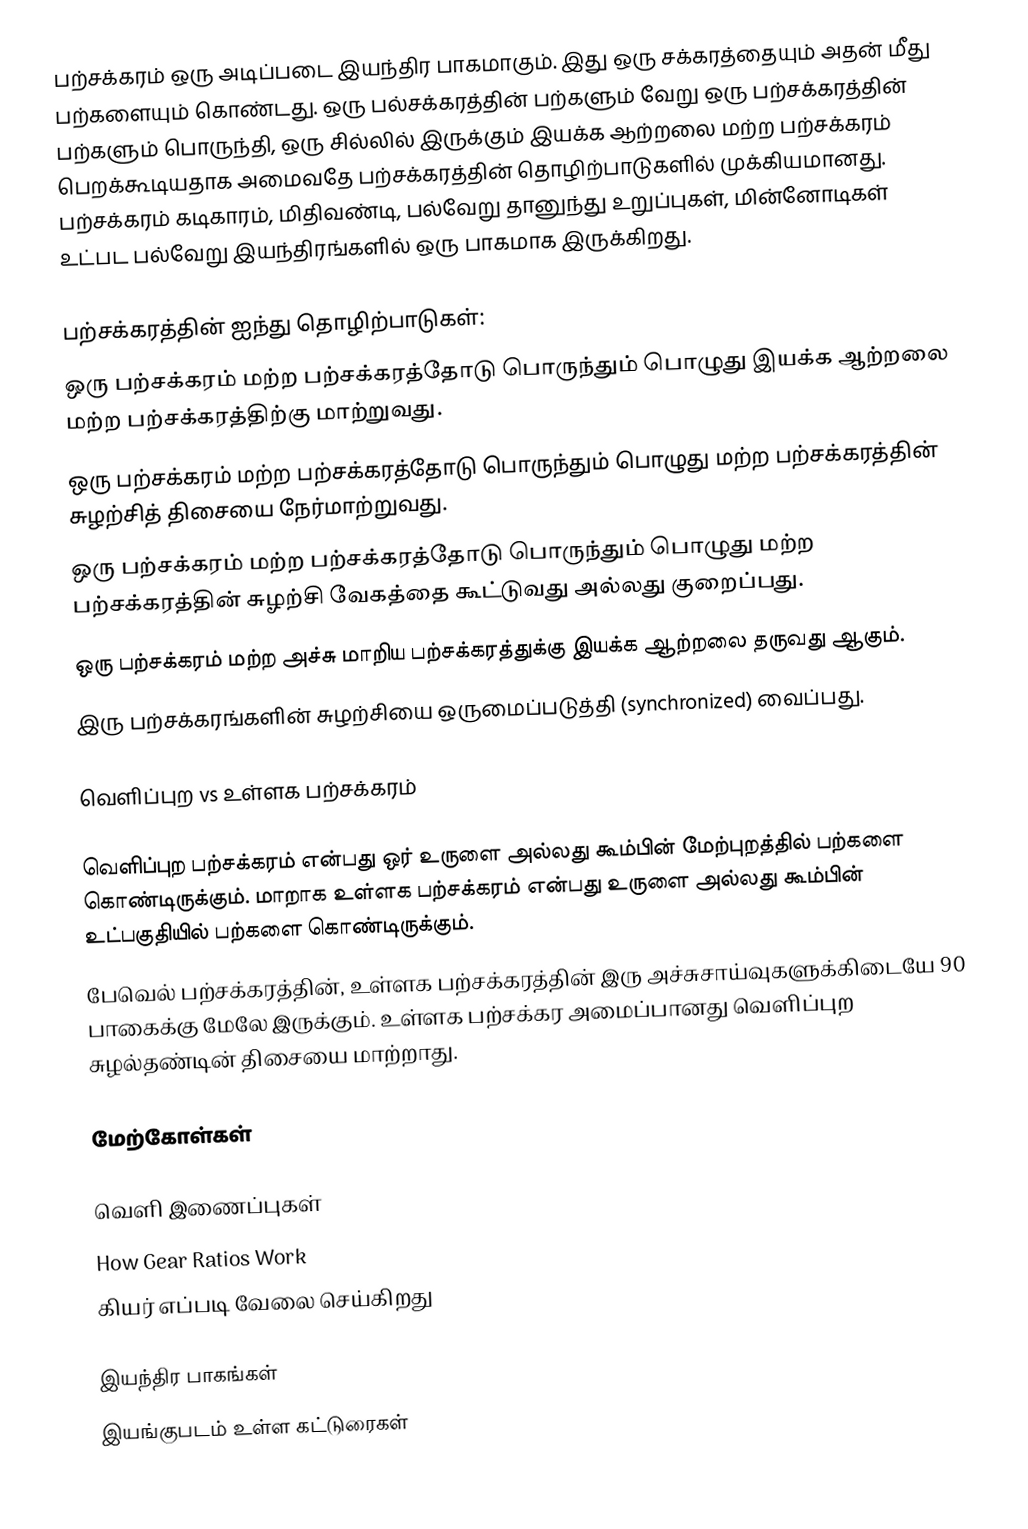
பற்சக்கரம் ஒரு அடிப்படை இயந்திர பாகமாகும். இது ஒரு சக்கரத்தையும் அதன் மீது பற்களையும் கொண்டது. ஒரு பல்சக்கரத்தின் பற்களும் வேறு ஒரு பற்சக்கரத்தின் பற்களும் பொருந்தி, ஒரு சில்லில் இருக்கும் இயக்க ஆற்றலை மற்ற பற்சக்கரம் பெறக்கூடியதாக அமைவதே பற்சக்கரத்தின் தொழிற்பாடுகளில் முக்கியமானது. பற்சக்கரம் கடிகாரம், மிதிவண்டி, பல்வேறு தானுந்து உறுப்புகள், மின்னோடிகள் உட்பட பல்வேறு இயந்திரங்களில் ஒரு பாகமாக இருக்கிறது.

பற்சக்கரத்தின் ஐந்து தொழிற்பாடுகள்:
 ஒரு பற்சக்கரம் மற்ற பற்சக்கரத்தோடு பொருந்தும் பொழுது இயக்க ஆற்றலை மற்ற பற்சக்கரத்திற்கு மாற்றுவது.
 ஒரு பற்சக்கரம் மற்ற பற்சக்கரத்தோடு பொருந்தும் பொழுது மற்ற பற்சக்கரத்தின் சுழற்சித் திசையை நேர்மாற்றுவது.
 ஒரு பற்சக்கரம் மற்ற பற்சக்கரத்தோடு பொருந்தும் பொழுது மற்ற பற்சக்கரத்தின் சுழற்சி வேகத்தை கூட்டுவது அல்லது குறைப்பது.
 ஒரு பற்சக்கரம் மற்ற அச்சு மாறிய பற்சக்கரத்துக்கு இயக்க ஆற்றலை தருவது ஆகும்.
 இரு பற்சக்கரங்களின் சுழற்சியை ஒருமைப்படுத்தி (synchronized) வைப்பது.

வெளிப்புற vs உள்ளக பற்சக்கரம்

வெளிப்புற பற்சக்கரம் என்பது ஒர் உருளை அல்லது கூம்பின் மேற்புறத்தில் பற்களை கொண்டிருக்கும். மாறாக உள்ளக பற்சக்கரம் என்பது உருளை அல்லது கூம்பின் உட்பகுதியில் பற்களை கொண்டிருக்கும்.
பேவெல் பற்சக்கரத்தின், உள்ளக பற்சக்கரத்தின் இரு அச்சுசாய்வுகளுக்கிடையே 90 பாகைக்கு மேலே இருக்கும். உள்ளக பற்சக்கர அமைப்பானது வெளிப்புற சுழல்தண்டின் திசையை மாற்றாது.

மேற்கோள்கள்

வெளி இணைப்புகள்
 How Gear Ratios Work
 கியர் எப்படி வேலை செய்கிறது

இயந்திர பாகங்கள்
இயங்குபடம் உள்ள கட்டுரைகள்